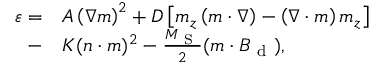
\begin{array} { r l } { \varepsilon = } & { { } A \left( \nabla \boldsymbol { m } \right) ^ { 2 } + D \left[ m _ { z } \left( \boldsymbol { m } \cdot \nabla \right) - \left( \nabla \cdot \boldsymbol { m } \right) m _ { z } \right] } \\ { - } & { { } K ( \boldsymbol { n } \cdot \boldsymbol { m } ) ^ { 2 } - \frac { M _ { \mathrm { ~ S ~ } } } { 2 } ( \boldsymbol { m } \cdot \boldsymbol { B } _ { \mathrm { ~ d ~ } } ) , } \end{array}